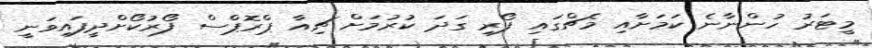
މީޓަރު ހުންނާނެ ކަމަށާއި މެޗްގައި ފޯރި ގަދަ ކުރުމަށް ޗިއާ ޕްރޮޕްސް ފޯރުކޯށްދީފައިވަނީ